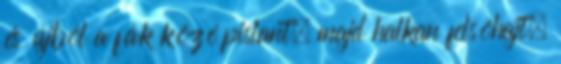
és újból a fák közé pislant, majd halkan felsóhajt.